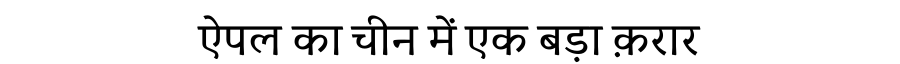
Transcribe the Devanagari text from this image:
ऐपल का चीन में एक बड़ा क़रार